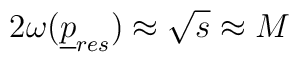
2\omega ({\underline p}_{res})\approx \sqrt s \approx M